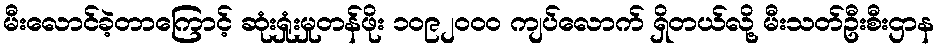
မီးလောင်ခဲ့တာကြောင့် ဆုံးရှုံးမှုတန်ဖိုး ၁၀၉၂၀၀၀ ကျပ်လောက် ရှိတယ်လို့ မီးသတ်ဦးစီးဌာန